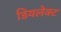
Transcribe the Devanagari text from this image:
डियलेक्ट